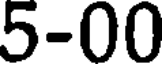
5-00